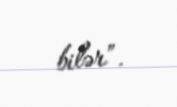
bilər”.